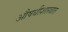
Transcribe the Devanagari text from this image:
औषधीशास्त्रात